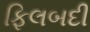
ફિલબદી